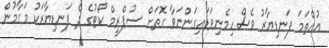
އުއްތަމަ ފަނޑިޔާރު ވެސް ހިމެނިވަޑައިގަންނަވާ ގޮތަށް ސުޕްރީމް ކޯޓުގެ ދެ ފަނޑިޔާރަކު މަގާމުން